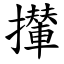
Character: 攆